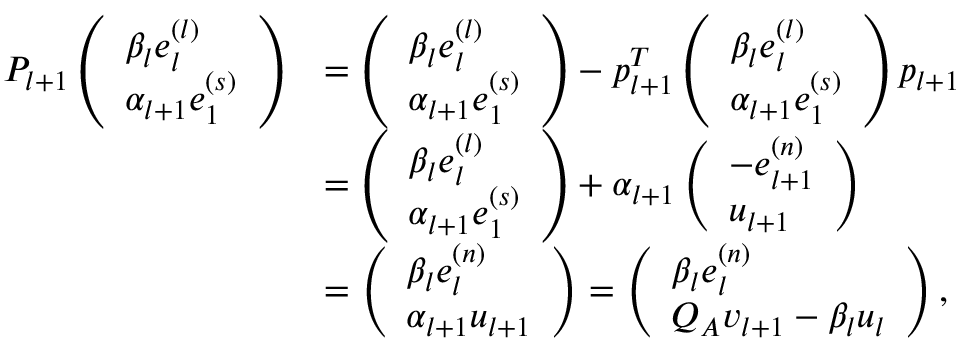
\begin{array} { r l } { P _ { l + 1 } \left( \begin{array} { l } { \beta _ { l } e _ { l } ^ { ( l ) } } \\ { \alpha _ { l + 1 } e _ { 1 } ^ { ( s ) } } \end{array} \right) } & { = \left( \begin{array} { l } { \beta _ { l } e _ { l } ^ { ( l ) } } \\ { \alpha _ { l + 1 } e _ { 1 } ^ { ( s ) } } \end{array} \right) - p _ { l + 1 } ^ { T } \left( \begin{array} { l } { \beta _ { l } e _ { l } ^ { ( l ) } } \\ { \alpha _ { l + 1 } e _ { 1 } ^ { ( s ) } } \end{array} \right) p _ { l + 1 } } \\ & { = \left( \begin{array} { l } { \beta _ { l } e _ { l } ^ { ( l ) } } \\ { \alpha _ { l + 1 } e _ { 1 } ^ { ( s ) } } \end{array} \right) + \alpha _ { l + 1 } \left( \begin{array} { l } { - e _ { l + 1 } ^ { ( n ) } } \\ { u _ { l + 1 } } \end{array} \right) } \\ & { = \left( \begin{array} { l } { \beta _ { l } e _ { l } ^ { ( n ) } } \\ { \alpha _ { l + 1 } u _ { l + 1 } } \end{array} \right) = \left( \begin{array} { l } { \beta _ { l } e _ { l } ^ { ( n ) } } \\ { Q _ { A } v _ { l + 1 } - \beta _ { l } u _ { l } } \end{array} \right) , } \end{array}